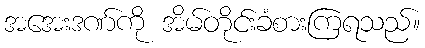
အအေးဒဏ်ကို အိမ်တိုင်းခံစားကြရသည်။